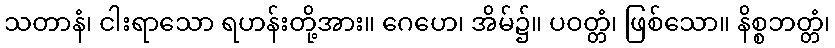
သတာနံ၊ ငါးရာသော ရဟန်းတို့အား။ ဂေဟေ၊ အိမ်၌။ ပဝတ္တံ၊ ဖြစ်သော။ နိစ္စဘတ္တံ၊